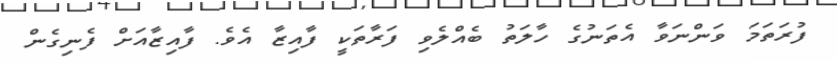
ފުރަތަމަ ވަންނަވާ އެތަނުގެ ހާލަތު ބެއްލެވި ފަރާތަކީ ފާއިޒާ އެވެ. ފާއިޒާއަށް ފެނިގެން